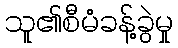
သူ၏စီမံခန့်ခွဲမှု